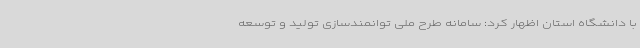
با دانشگاه استان اظهار کرد: سامانه طرح ملی توانمندسازی تولید و توسعه